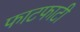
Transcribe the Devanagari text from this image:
फाटफाटी